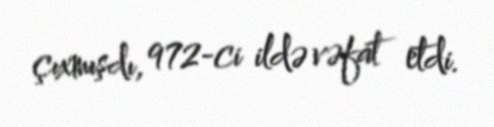
çıxmışdı, 972-ci ildə vəfat etdi.